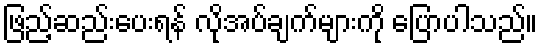
ဖြည့်ဆည်းပေးရန် လိုအပ်ချက်များကို ပြောပါသည်။